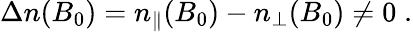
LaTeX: \begin{array}{r}{\Delta n(B_{0})=n_{\parallel}(B_{0})-n_{\perp}(B_{0})\neq 0\; .}\end{array}